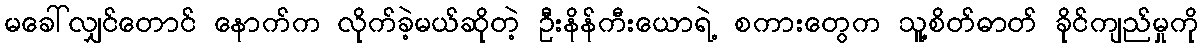
မခေါ်လျှင်တောင် နောက်က လိုက်ခဲ့မယ်ဆိုတဲ့ ဦးနိန်ကီးယောရဲ့ စကားတွေက သူ့စိတ်ဓာတ် ခိုင်ကျည်မှုကို